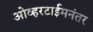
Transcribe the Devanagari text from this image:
ओव्हरटाईमनंतर